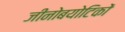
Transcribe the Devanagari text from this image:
जीनोबयोटिकों